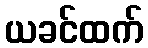
ယခင်ထက်